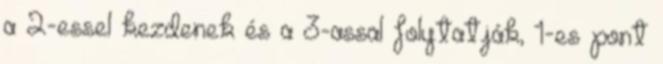
a 2-essel kezdenek és a 3-assal folytatják, 1-es pont